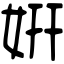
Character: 姸